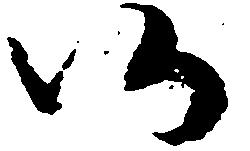
仍